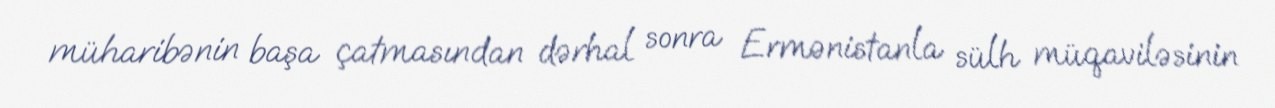
müharibənin başa çatmasından dərhal sonra Ermənistanla sülh müqaviləsinin